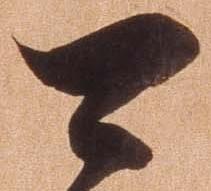
可